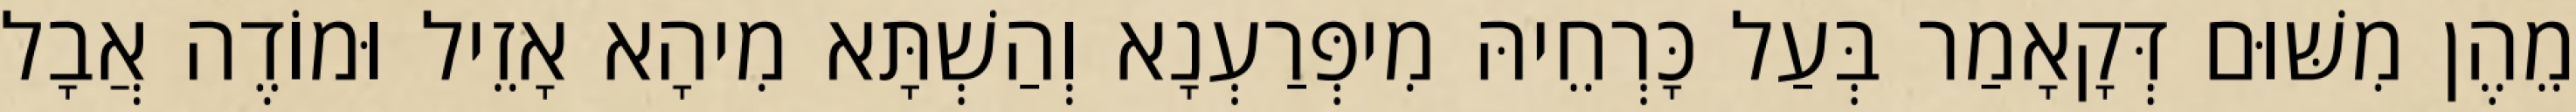
מֵהֶן מִשּׁוּם דְּקָאָמַר בְּעַל כָּרְחֵיהּ מִיפְּרַעְנָא וְהַשְׁתָּא מִיהָא אָזֵיל וּמוֹדֶה אֲבָל